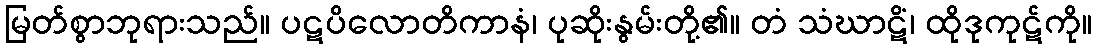
မြတ်စွာဘုရားသည်။ ပဋပိလောတိကာနံ၊ ပုဆိုးနွမ်းတို့၏။ တံ သံဃာဋိံ၊ ထိုဒုကုဋ်ကို။